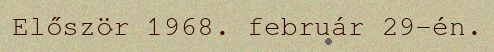
Először 1968. február 29-én.